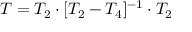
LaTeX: T = T _ { 2 } \cdot [ T _ { 2 } - T _ { 4 } ] ^ { - 1 } \cdot T _ { 2 }